Insane asylums in Bengal annual reports 1867-1875 - 1867-1875
Year: 1867
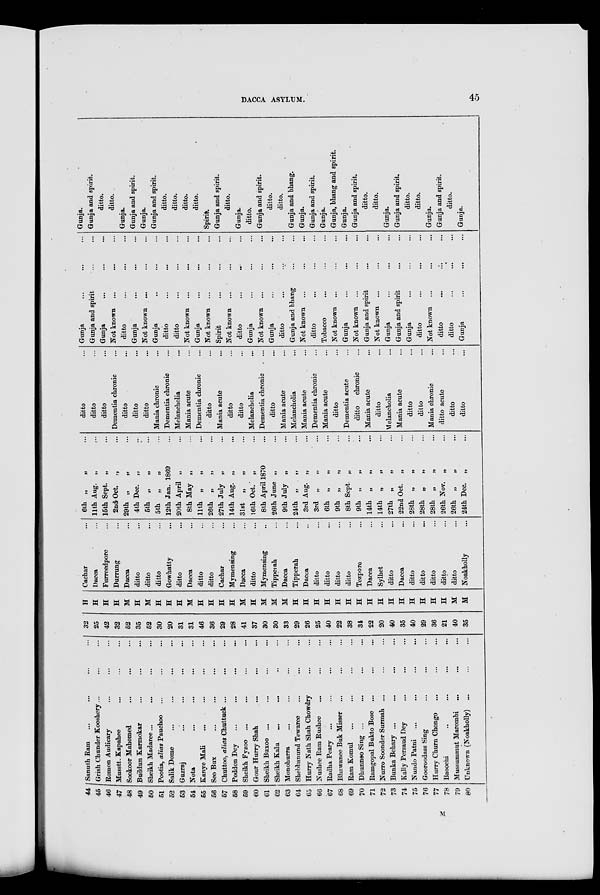
DACCA ASYLUM.
45
44
45
46
47
48
49
50
51
52
53
54
55
56
57
58
59
60
61
62
63
64
65
66
67
68
69
70
71
72
73
74
75
76
77
78
79
80
Sanuth Ram ... ... ... ... ... ...
Grish Chunder Kooshery ... ... ... ...
Romon Audicary ... ... ... ...
Musstt. Kapahee ... ... ... ...
Sookoor Mahomed ... ... ... ...
Buddun Karmokar ... ... ... ...
Sheikh Madaree... ... ... ...
Pootia, alias Pauchoo ... ... ...
Salik Dome ... ... ... ...
Guzraj ... ... ... ...
Nota ... ... ... ... ...
Kanye Mali ... ... ... ...
Seo Bux ... ... ... ... ...
Chuttoo, alias Chuttuck ... ... ... ...
Poddon Dey ... ... ... ...
Sheikh Fyzoo ... ... ... ...
Gour Hurry Shah ... ... ... ...
Sheikh Buxoo ... ... ... ... ...
Sheikh Kalu
... ... ... ...
Monohurra ... ... ...
Shebbanund Tewaree ... ... ...
Hurry Nath Shah Chowdry ... ... ...
Nushee Ram Rushee ... ... ...
Radha Peary ... ... ... ...
Bhawanee Buk Misser ... ... ...
Ram Komul ... ... ... ...
Dhunneo Sing ... ... ... ...
Ramgopal Bukto Bose ... ... ...
Nurro Soonder Surmah ... ... ...
Bunka Behary ... ... ... ...
Kally Persaud Dey ... ... ...
Nundo Patni ... ... ... ...
Gooroodass Sing ... ... ...
Hurry Churn Chongo ... ... ...
Baoochi ... ... ... ...
Mussummut Marombi ... ... ...
Unknown (Noakholly) ... ... ...
32
25
42
32
52
35
52
30
20
31
31
46
36
29
28
41
37
30
30
33
29
26
25
40
22
38
34
22
20
40
35
40
29
36
21
40
35
H
H
H
H
M
H
M
H
H
H
M
H
H
H
H
M
H
M
M
M
H
H
H
H
H
H
H
H
H
H
H
H
H
H
H
M
M
Cachar ...
Dacca ...
Furreedpore ...
Durrung ...
Dacca ...
ditto ...
ditto ...
ditto ...
Gowhatty ...
ditto ...
Dacca ...
ditto ...
ditto ...
Cachar ...
Mymensing ...
Dacca ...
ditto ...
Mymensing ...
Tipperah ...
Dacca ...
Tipperah ...
Dacca ...
ditto ...
ditto ...
ditto ...
ditto ...
Tezpore ...
Dacca ...
Sylhet ...
ditto ...
Dacca ...
ditto ...
ditto ...
ditto ...
ditto ...
ditto ...
Noakholly ...
6th „
„
...
11th
Aug.„
...
15th Sept.
„
...
2nd Oct.„
...
29th „ „ ...
4th Dec.
„
...
5th „ „ ...
5th „ „ ...
12th Jan. 1869 ...
20th April
„
...
8th May „ ...
11th „
„
...
26th „
„
...
27th
July„
...
14th
Aug.„
...
31st „
„
...
16th Oct.„ ...
8th April 1870 ...
26th June „ ...
9th
July„
...
24th „
„
...
3rd Aug. „ ...
3rd „
„
...
6th „
„
...
9th „ „ ...
8th Sept.„ ...
9th „
„
...
14th „
„
...
14th „ „ ...
27th „ „ ...
22nd Oct. „ ...
28th „ „ ...
28th „ „ ...
28th „
„
...
26th Nov.
„
...
26th „
„
...
24th Dec.
„
...
ditto ...
ditto ...
ditto ...
Dementia chronic ...
ditto ...
ditto ...
ditto ...
Mania chronic ...
Dementia chronic ...
Melancholia ...
Mania acute ...
Dementia chronic ...
ditto ...
Mania acute ...
ditto ...
ditto ...
Melancholia ...
Dementia chronic ...
ditto ...
Mania acute ...
Melancholia ...
Mania acute ...
Dementia chronic ...
Mania acute ...
ditto ...
Dementia acute ...
ditto
chronic ...
Mania acute ...
ditto ...
Melancholia ...
Mania acute ...
ditto ...
ditto ...
Mania chronic ...
ditto acute ...
ditto ...
ditto ...
Gunja ... ... ...
Gunja and spirit ... ...
Gunja ... ... ...
Not known ... ... ...
ditto ... ... ...
Gunja ... ... ...
Not known ... ... ...
Gunja ... ... ...
ditto ... ... ...
ditto ... ... ...
Not known ... ... ...
Gunja ... ... ...
Not known ... ... ...
Spirit ... ... ...
Not known ... ... ...
ditto
...
...
...
Gunja ... ... ...
Not known ... ... ...
Gunja
...
...
...
ditto ... ... ...
Gunja and bhang ... ...
Not known ... ... ...
ditto ... ... ...
Tobacco ... ... ...
Not known ... ... ...
Gunja ... ... ...
Not known ... ... ...
Gunja and spirit ... ...
Not known ... ... ...
Gunja ... ... ...
Gunja and spirit ... ...
Gunja ... ... ...
ditto ... ... ...
Not known ... ... ...
ditto ... ... ...
ditto ... ... ...
Gunja ... ... ...
Gunja.
Gunja and spirit.
ditto.
ditto.
Gunja.
Gunja and spirit.
Gunja.
Gunja and spirit.
ditto.
ditto.
ditto.
ditto.
Spirit.
Gunja and spirit.
ditto.
Gunja.
ditto.
Gunja and spirit.
ditto.
ditto.
Gunja and bhang.
Gunja.
Gunja and spirit.
Gunja.
Gunja, bhang and spirit.
Gunja.
Gunja and spirit.
ditto.
ditto.
Gunja.
Gunja and spirit.
ditto.
ditto.
Gunja.
Gunja and spirit.
ditto.
Gunja.
M